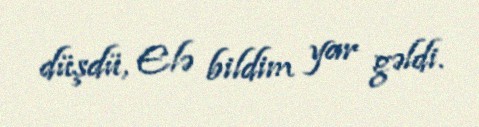
düşdü, Elə bildim yar gəldi.